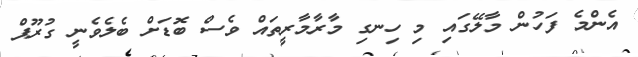
އެންމެ ފަހުން މާލޭގައި މި ހިނގި މާރާމާރީތައް ވެސް ބޮޑަށް ބެލެވެނީ ގުރޫޕް